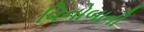
વિનોબાની